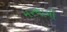
મરચાની